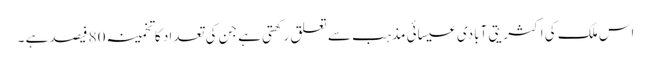
اس ملک کی اکثریتی آبادی عیسائی مذہب سے تعلق رکھتی ہے جن کی تعداد کا تخمینہ 80 فیصد ہے ۔